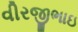
વીરજીભાઇ